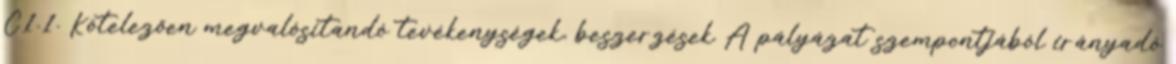
C1.1. Kötelezően megvalósítandó tevékenységek, beszerzések A pályázat szempontjából irányadó